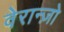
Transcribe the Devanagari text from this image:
वेरान्ज़ो